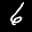
Label: 6